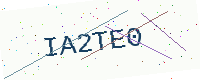
Text: IA2TE0